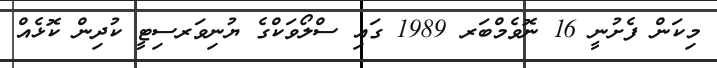
މިކަން ފެށުނީ 16 ނޮވެމްބަރ 1989 ގައި ސްލޯވަކްގެ ޔުނިވަރސިޓީ ކުދިން ކޮޅެއް